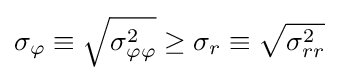
\sigma _{\varphi }\equiv {\sqrt {\sigma _{\varphi \varphi }^{2}}}\geq \sigma _{r}\equiv {\sqrt {\sigma _{rr}^{2}}}